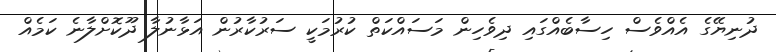
ދުނިޔޭގެ އެއްވެސް ހިސާބެއްގައި ދިވެހިން މަސައްކަތް ކުރުމަކީ ސަރުކާރުން އަޅާނުލާ ދޫކޮށްލާނެ ކަމެއް